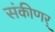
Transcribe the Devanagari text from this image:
संकीणर्